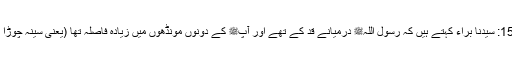
1557: سیدنا براءؓ کہتے ہیں کہ رسول اللہﷺ درمیانے قد کے تھے اور آپﷺ کے دونوں مونڈھوں میں زیادہ فاصلہ تھا (یعنی سینہ چوڑا تھا)۔